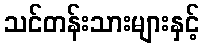
သင်တန်းသားများနှင့်